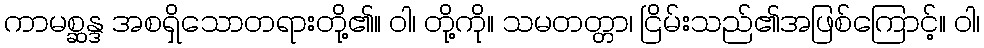
ကာမစ္ဆန္ဒ အစရှိသောတရားတို့၏။ ဝါ၊ တို့ကို။ သမတတ္တာ၊ ငြိမ်းသည်၏အဖြစ်ကြောင့်။ ဝါ၊